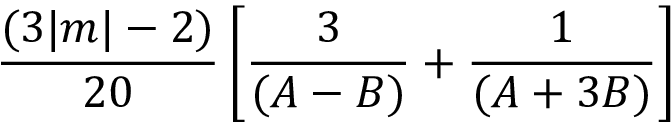
\frac { ( 3 | m | - 2 ) } { 2 0 } \left[ \frac { 3 } { ( A - B ) } + \frac { 1 } { ( A + 3 B ) } \right]